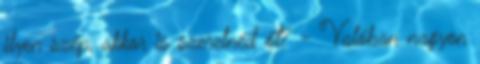
ilyen szép, akkor is szeretnéd őt? - Valóban nagyon